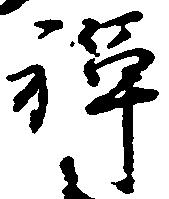
禅